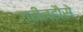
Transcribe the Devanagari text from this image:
ग्रीन्हौसे